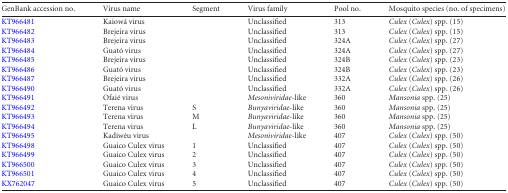
<table><thead><tr><td><b>GenBank accession no.</b></td><td><b>Virus name</b></td><td><b>Segment</b></td><td><b>Virus family</b></td><td><b>Pool no.</b></td><td><b>Mosquito species (no. of specimens)</b></td></tr></thead><tbody><tr><td>KT966481</td><td>Kaiowá virus</td><td></td><td>Unclassified</td><td>313</td><td><i>Culex</i> (<i>Culex</i>) spp. (15)</td></tr><tr><td>KT966482</td><td>Brejeira virus</td><td></td><td>Unclassified</td><td>313</td><td><i>Culex</i> (<i>Culex</i>) spp. (15)</td></tr><tr><td>KT966483</td><td>Brejeira virus</td><td></td><td>Unclassified</td><td>324A</td><td><i>Culex</i> (<i>Culex</i>) spp. (27)</td></tr><tr><td>KT966484</td><td>Guató virus</td><td></td><td>Unclassified</td><td>324A</td><td><i>Culex</i> (<i>Culex</i>) spp. (27)</td></tr><tr><td>KT966485</td><td>Brejeira virus</td><td></td><td>Unclassified</td><td>324B</td><td><i>Culex</i> (<i>Culex</i>) spp. (23)</td></tr><tr><td>KT966486</td><td>Guató virus</td><td></td><td>Unclassified</td><td>324B</td><td><i>Culex</i> (<i>Culex</i>) spp. (23)</td></tr><tr><td>KT966487</td><td>Brejeira virus</td><td></td><td>Unclassified</td><td>332A</td><td><i>Culex</i> (<i>Culex</i>) spp. (26)</td></tr><tr><td>KT966490</td><td>Guató virus</td><td></td><td>Unclassified</td><td>332A</td><td><i>Culex</i> (<i>Culex</i>) spp. (26)</td></tr><tr><td>KT966491</td><td>Ofaié virus</td><td></td><td><i>Mesoniviridae</i>-like</td><td>360</td><td><i>Mansonia</i> spp. (25)</td></tr><tr><td>KT966492</td><td>Terena virus</td><td>S</td><td><i>Bunyaviridae</i>-like</td><td>360</td><td><i>Mansonia</i> spp. (25)</td></tr><tr><td>KT966493</td><td>Terena virus</td><td>M</td><td><i>Bunyaviridae</i>-like</td><td>360</td><td><i>Mansonia</i> spp. (25)</td></tr><tr><td>KT966494</td><td>Terena virus</td><td>L</td><td><i>Bunyaviridae</i>-like</td><td>360</td><td><i>Mansonia</i> spp. (25)</td></tr><tr><td>KT966495</td><td>Kadiwéu virus</td><td></td><td><i>Mesoniviridae</i>-like</td><td>407</td><td><i>Culex</i> (<i>Culex</i>) spp. (50)</td></tr><tr><td>KT966498</td><td>Guaico Culex virus</td><td>1</td><td>Unclassified</td><td>407</td><td><i>Culex</i> (<i>Culex</i>) spp. (50)</td></tr><tr><td>KT966499</td><td>Guaico Culex virus</td><td>2</td><td>Unclassified</td><td>407</td><td><i>Culex</i> (<i>Culex</i>) spp. (50)</td></tr><tr><td>KT966500</td><td>Guaico Culex virus</td><td>3</td><td>Unclassified</td><td>407</td><td><i>Culex</i> (<i>Culex</i>) spp. (50)</td></tr><tr><td>KT966501</td><td>Guaico Culex virus</td><td>4</td><td>Unclassified</td><td>407</td><td><i>Culex</i> (<i>Culex</i>) spp. (50)</td></tr><tr><td>KX762047</td><td>Guaico Culex virus</td><td>5</td><td>Unclassified</td><td>407</td><td><i>Culex</i> (<i>Culex</i>) spp. (50)</td></tr></tbody></table>